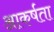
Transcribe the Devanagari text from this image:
आकर्षता